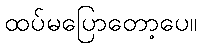
ထပ်မပြောတော့ပေ။